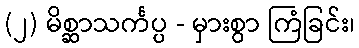
(၂) မိစ္ဆာသင်္ကပ္ပ - မှားစွာ ကြံခြင်း၊